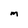
Character: M